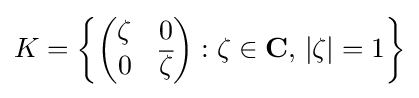
K=\left\{{\begin{pmatrix}\zeta &0\\0&{\overline {\zeta }}\end{pmatrix}}:\zeta \in \mathbf {C} ,\,|\zeta |=1\right\}